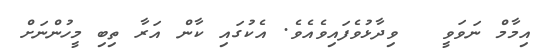
އިމާމް ނަވަވީ   ވިދާޅުވެފައިވެއެވެ. އެކުގައި ކާން އަރާ ތިބި މީހުންނަށް